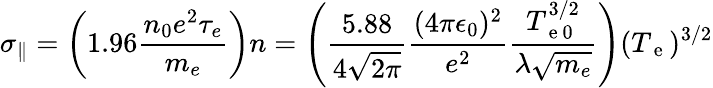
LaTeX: \sigma_{\parallel}=\left(1.96\frac{n_{0}e^{2}\tau_{e}}{m_{e}}\right)n=\left(\frac{5.88}{4\sqrt{2\pi}}\frac{(4\pi\epsilon_{0})^{2}}{e^{2}}\frac{T_{\mathrm{~e~}0}^{3/2}}{\lambda\sqrt{m_{e}}}\right)(T_{\mathrm{~e~}})^{3/2}